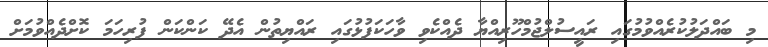
މި ބައްދަލުކުރެއްވުމުގައި ރައީސުލްޖުމްހޫރިއްޔާ ދެއްކެވި ވާހަކަފުޅުގައި ރައްޔިތުން އެދޭ ކަންކަން ފުރިހަމަ ކޮށްދެއްވުމަށް